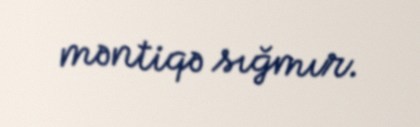
məntiqə sığmır.